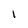
Character: I